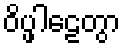
ဝိပ္ဖါဠေတွာ